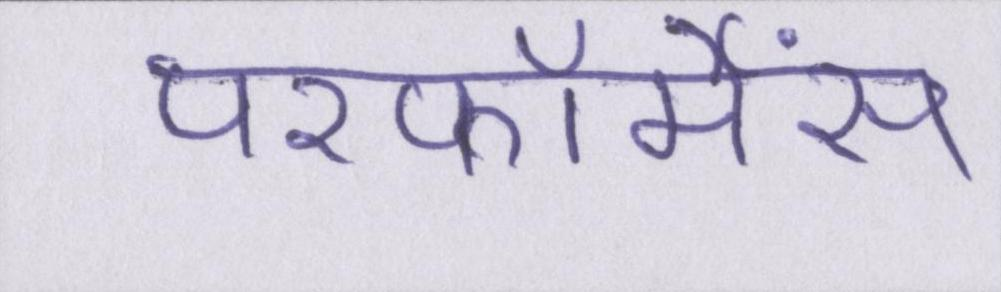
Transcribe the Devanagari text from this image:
परफॉर्मेंस